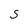
Character: S